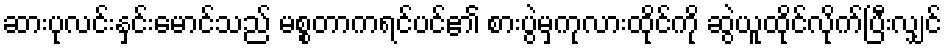
ဆားပုလင်းနှင်းမောင်သည် မစ္စတာကရင်ပင်၏ စားပွဲမှကုလားထိုင်ကို ဆွဲယူထိုင်လိုက်ပြီးလျှင်